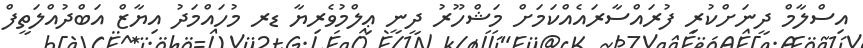
އިސްލާމް ދީނަށްކުރި ފުރައްސާރައެއްކަމަށް މަޝްހޫރު ދީނީ ޢިލްމުވެރިޔާ ޑރ މުހައްމަދު އިޔާޒް އަބްދުއްލަތީފް